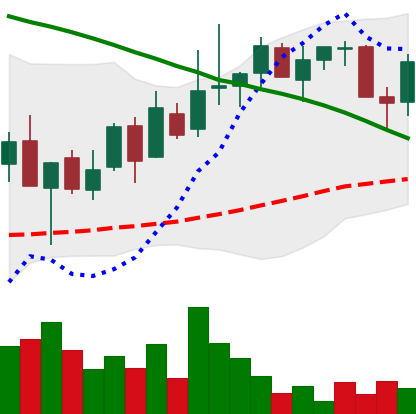
Ticker: LINK-USD
Chart end date: 2018-08-31
Forward return: -18.104%
Label: down_7plus